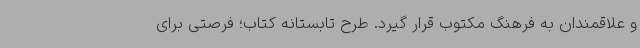
و علاقمندان به فرهنگ مکتوب قرار گیرد. طرح تابستانه کتاب؛ فرصتی برای